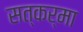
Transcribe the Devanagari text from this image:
सत्कर्मा